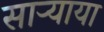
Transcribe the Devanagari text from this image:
साऱ्याया